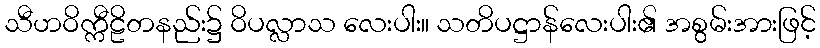
သီဟဝိက္ကီဠိတနည်း၌ ဝိပလ္လာသ လေးပါး။ သတိပဋ္ဌာန်လေးပါး၏ အစွမ်းအားဖြင့်